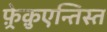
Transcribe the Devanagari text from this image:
फ़्रेक़ुएन्तिस्त